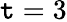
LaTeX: \mathtt{t}=3